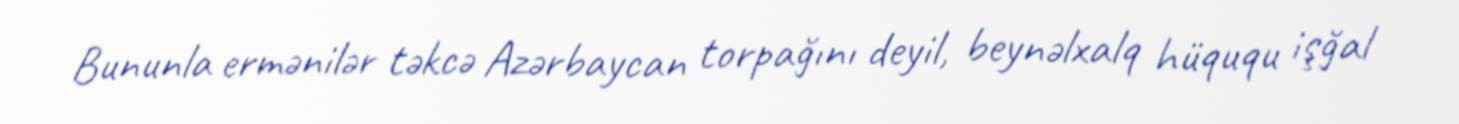
Bununla ermənilər təkcə Azərbaycan torpağını deyil, beynəlxalq hüququ işğal